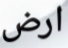
ارض